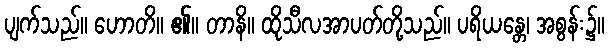
ပျက်သည်။ ဟောတိ။ ၏။ တာနိ။ ထိုသီလအာပတ်တို့သည်။ ပရိယန္တေ၊ အစွန်း၌။